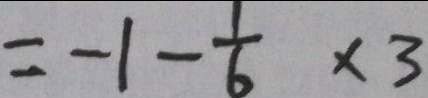
= - 1 - \frac { 1 } { 6 } \times 3